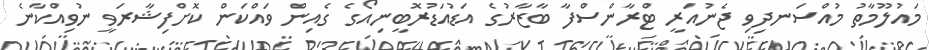
މައުލޫމާތު މުއްސަނދިވި ޖެނުއަރީ ޓްރާންސްފާ ބާޒާރުގެ އަޑުއަޑުރޮބީނިއޯގެ ގެއިން ވައްކަން ކޮށްފިޝާރަވީ ނުވިއްކާނެ